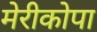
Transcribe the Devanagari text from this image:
मेरीकोपा